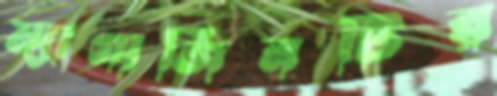
ম্যাগাজিনটির